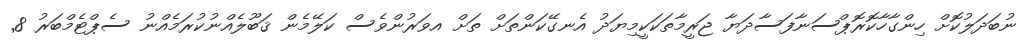
ނުބަދަލުކޮށް ހިންގާހާކޮރޮޕްސަނާފަސާދަޔާ ޖަރީމާތަކަކީމިޔަދު އެނގޭކަންތަށް ތަށް އވަރުންވެސް ކަލޭމެން ޤަބޫލެއްނުކުރަމެއްނު ސެޕްޓެމްބަރު 8